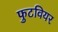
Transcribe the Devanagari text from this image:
फुटवियर